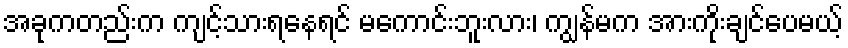
အခုကတည်းက ကျင့်သားရနေရင် မကောင်းဘူးလား၊ ကျွန်မက အားကိုးချင်ပေမယ့်